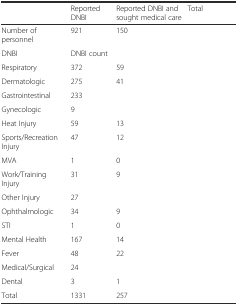
<table><thead><tr><td>[EMPTY_CELL]</td><td><b>Reported DNBI</b></td><td><b>Reported DNBI and sought medical care</b></td><td><b>Total</b></td></tr></thead><tbody><tr><td>Number of personnel</td><td>921</td><td>150</td><td>[EMPTY_CELL]</td></tr><tr><td>DNBI</td><td>DNBI count</td><td>[EMPTY_CELL]</td><td>[EMPTY_CELL]</td></tr><tr><td>Respiratory</td><td>372</td><td>59</td><td>[EMPTY_CELL]</td></tr><tr><td>Dermatologic</td><td>275</td><td>41</td><td>[EMPTY_CELL]</td></tr><tr><td>Gastrointestinal</td><td>233</td><td>[EMPTY_CELL]</td><td>[EMPTY_CELL]</td></tr><tr><td>Gynecologic</td><td>9</td><td>[EMPTY_CELL]</td><td>[EMPTY_CELL]</td></tr><tr><td>Heat Injury</td><td>59</td><td>13</td><td>[EMPTY_CELL]</td></tr><tr><td>Sports/Recreation Injury</td><td>47</td><td>12</td><td>[EMPTY_CELL]</td></tr><tr><td>MVA</td><td>1</td><td>0</td><td>[EMPTY_CELL]</td></tr><tr><td>Work/Training Injury</td><td>31</td><td>9</td><td>[EMPTY_CELL]</td></tr><tr><td>Other Injury</td><td>27</td><td>[EMPTY_CELL]</td><td>[EMPTY_CELL]</td></tr><tr><td>Ophthalmologic</td><td>34</td><td>9</td><td>[EMPTY_CELL]</td></tr><tr><td>STI</td><td>1</td><td>0</td><td>[EMPTY_CELL]</td></tr><tr><td>Mental Health</td><td>167</td><td>14</td><td>[EMPTY_CELL]</td></tr><tr><td>Fever</td><td>48</td><td>22</td><td>[EMPTY_CELL]</td></tr><tr><td>Medical/Surgical</td><td>24</td><td>[EMPTY_CELL]</td><td>[EMPTY_CELL]</td></tr><tr><td>Dental</td><td>3</td><td>1</td><td>[EMPTY_CELL]</td></tr><tr><td>Total</td><td>1331</td><td>257</td><td>[EMPTY_CELL]</td></tr></tbody></table>